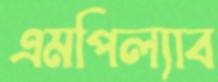
এমপিল্যাব